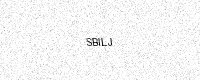
Text: SBILJ